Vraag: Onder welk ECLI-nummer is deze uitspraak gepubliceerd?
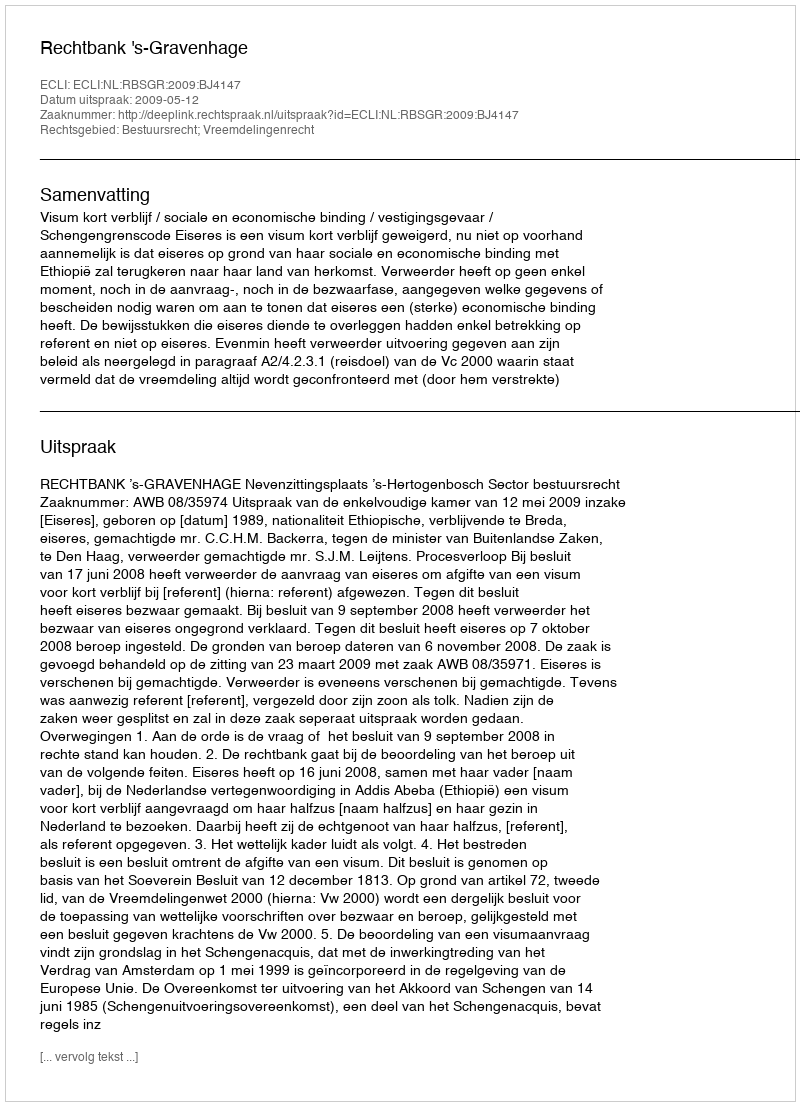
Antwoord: ECLI:NL:RBSGR:2009:BJ4147